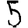
Digit: 5